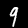
Label: 9